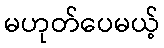
မဟုတ်ပေမယ့်